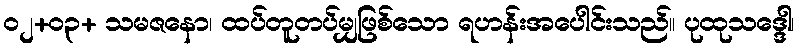
၀၂+၀၃+ သမဇနော၊ ထပ်တူတပ်မျှဖြစ်သော ရဟန်းအပေါင်းသည်။ ပုထုသဒ္ဒေါ၊